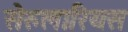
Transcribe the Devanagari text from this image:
सेरुलारियस